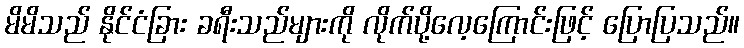
မိမိသည် နိုင်ငံခြား ခရီးသည်များကို လိုက်ပို့လေ့ကြောင်းဖြင့် ပြောပြသည်။